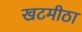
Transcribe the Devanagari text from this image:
खटमीठा